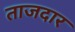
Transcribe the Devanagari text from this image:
ताजदार